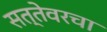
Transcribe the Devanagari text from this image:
सत्तेवरचा